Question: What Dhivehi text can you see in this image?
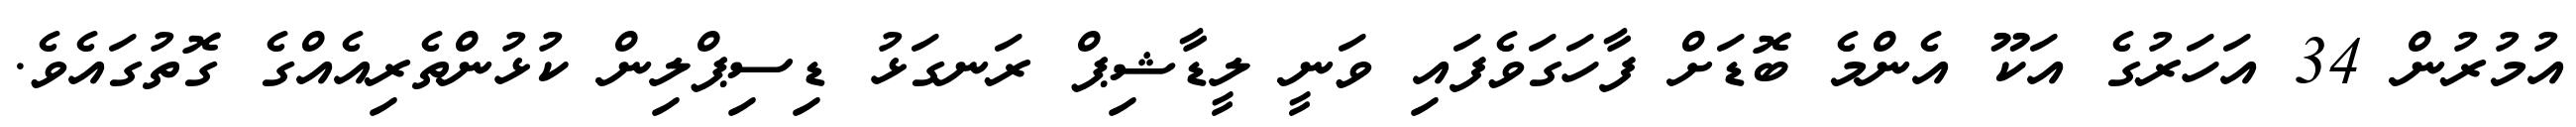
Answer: އުމުރުން 34 އަހަރުގެ އަކޫ އެންމެ ބޮޑަށް ފާހަގަވެފައި ވަނީ ލީޑާޝިޕް ރަނގަޅު ޑިސިޕްލިން ކުޅުންތެރިއެއްގެ ގޮތުގައެވެ.